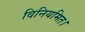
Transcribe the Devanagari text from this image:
विनियमित।